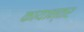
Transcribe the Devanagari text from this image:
कायान्तर